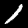
Digit: 1